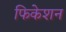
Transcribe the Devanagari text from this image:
फिकेशन